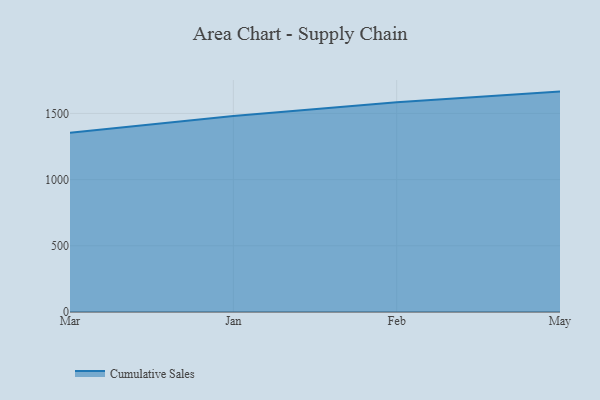
{"axis": {"x": "Month", "y": "Market Share (%)"}, "legend": ["Cumulative Sales"], "data": [{"x": "Mar", "y": 1354.1, "type": "Cumulative Sales"}, {"x": "Jan", "y": 1481.2, "type": "Cumulative Sales"}, {"x": "Feb", "y": 1584.1, "type": "Cumulative Sales"}, {"x": "May", "y": 1664.8, "type": "Cumulative Sales"}]}